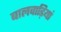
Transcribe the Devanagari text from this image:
बालवाड़ियां